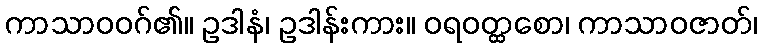
ကာသာဝဝဂ်၏။ ဥဒါနံ၊ ဥဒါန်းကား။ ဝရဝတ္ထစော၊ ကာသာဝဇာတ်၊